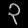
Digit: ၃